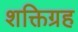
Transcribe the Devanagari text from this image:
शक्तिग्रह